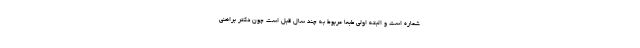
شماره است و البته اولی طبعا مربوط به چند سال قبل است چون دکتر براهنی